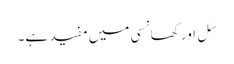
سِل اور کھانسی میں مفید ہے۔